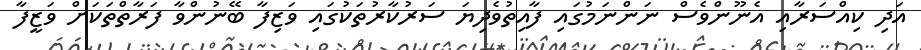
އަދި ކިއްސަރާއި އެނޫންވެސް ނަންނަމުގައި ފާއިތުވެދިޔަ ސަރުކާރުތަކުގައި ވަޒިފާ ބޭނުންވާ ފަރާތްތަކަށް ވަޒީފާ